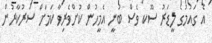
އެ ގައުމުގެ ލީޑަރު ސޫކ ވެސް ބުނީ އެމީހުން ކުށްވެރިވާ ކަމަށް ސަރުކާރުން